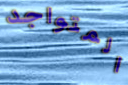
المتواجد